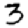
Digit: 3